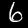
Digit: 6